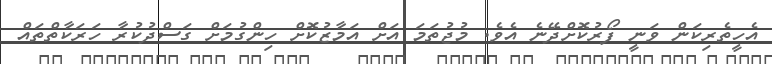
އެހީތެރިކަން ވަނީ ފޯރުކޮށްދޭނެ އެވެ. މުޖުތަމަ އަށް އަމާޒުކޮށް ހިންގުމަށް ގަސްދުކުރާ ހަރަކާތްތައް